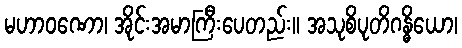
မဟာဝဏော၊ အိုင်းအမာကြီးပေတည်း။ အသုစိပုတိဂန္ဓိယော၊